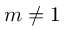
m \neq 1